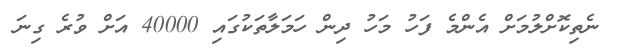
ނެތިކޮށްލުމަށް އެންމެ ފަހު މަހު ދިން ހަމަލާތަކުގައި 40000 އަށް ވުރެ ގިނަ